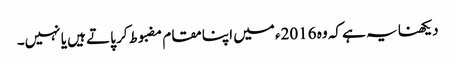
دیکھنا یہ ہے کہ وہ 2016ء میں اپنا مقام مضبوط کر پاتے ہیں یا نہیں۔